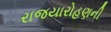
રાજયારોહણની